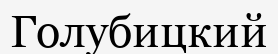
Голубицкий